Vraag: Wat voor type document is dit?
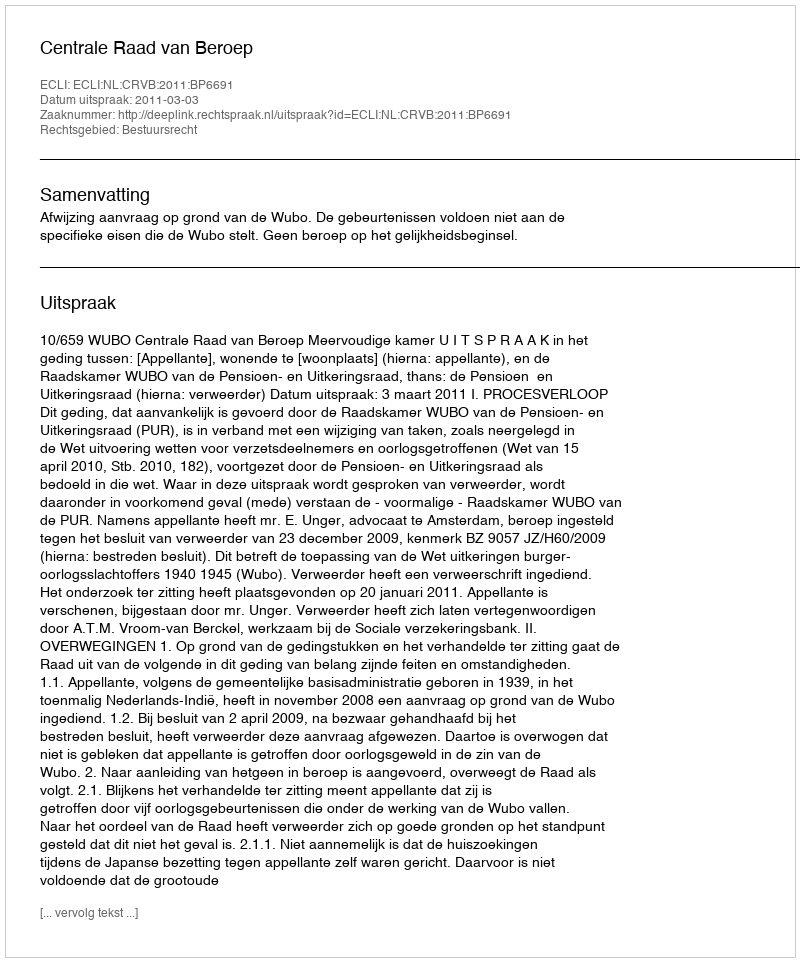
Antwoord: Uitspraak